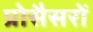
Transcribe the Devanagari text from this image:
प्रोसैसरों